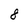
Character: 8